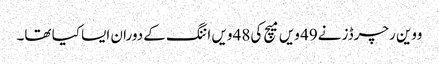
ووین رچرڈز نے49 ویں میچ کی48 ویں اننگ کے دوران ایسا کیا تھا۔